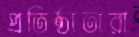
প্রতিষ্ঠাতারা